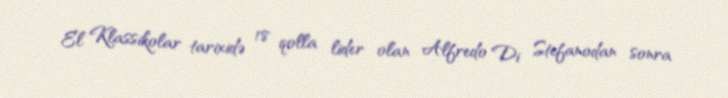
El Klassikolar tarixidə 18 qolla lider olan Alfredo Di Stefanodan sonra